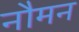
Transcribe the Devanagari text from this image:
नौमन